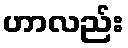
ဟာလည်း